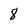
Character: 8